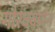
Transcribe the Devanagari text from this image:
गौरववर्णन